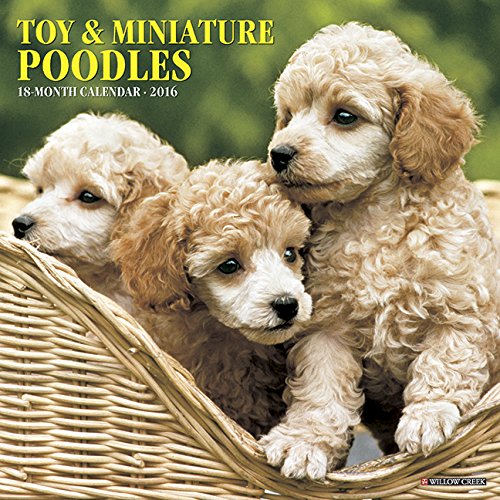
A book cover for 2016 Just Toy & Miniature Poodles Wall Calendar; Willow Creek Press; Calendars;